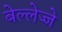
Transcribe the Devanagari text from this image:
बेल्लेज्जे